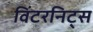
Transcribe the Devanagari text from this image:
विंटरनिट्‌स